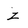
Character: Z